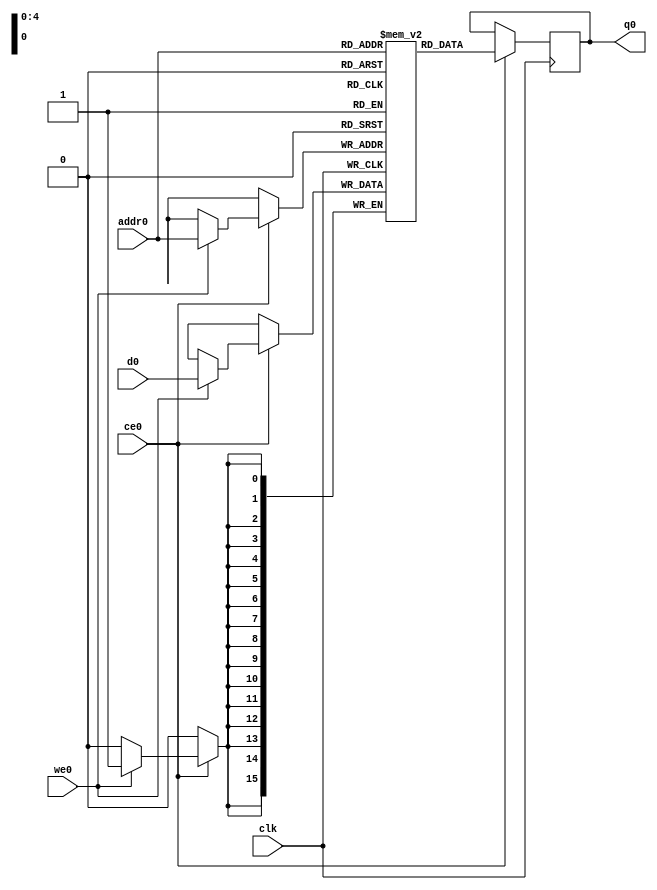
// ==============================================================
// Vivado(TM) HLS - High-Level Synthesis from C, C++ and SystemC v2019.1 (64-bit)
// Copyright 1986-2019 Xilinx, Inc. All Rights Reserved.
// ==============================================================
`timescale 1 ns / 1 ps
module forward_pass_maxpibs_ram (addr0, ce0, d0, we0, q0,  clk);

parameter DWIDTH = 16;
parameter AWIDTH = 5;
parameter MEM_SIZE = 32;

input[AWIDTH-1:0] addr0;
input ce0;
input[DWIDTH-1:0] d0;
input we0;
output reg[DWIDTH-1:0] q0;
input clk;

(* ram_style = "distributed" *)reg [DWIDTH-1:0] ram[0:MEM_SIZE-1];




always @(posedge clk)  
begin 
    if (ce0) 
    begin
        if (we0) 
        begin 
            ram[addr0] <= d0; 
        end 
        q0 <= ram[addr0];
    end
end


endmodule

`timescale 1 ns / 1 ps
module forward_pass_maxpibs(
    reset,
    clk,
    address0,
    ce0,
    we0,
    d0,
    q0);

parameter DataWidth = 32'd16;
parameter AddressRange = 32'd32;
parameter AddressWidth = 32'd5;
input reset;
input clk;
input[AddressWidth - 1:0] address0;
input ce0;
input we0;
input[DataWidth - 1:0] d0;
output[DataWidth - 1:0] q0;



forward_pass_maxpibs_ram forward_pass_maxpibs_ram_U(
    .clk( clk ),
    .addr0( address0 ),
    .ce0( ce0 ),
    .we0( we0 ),
    .d0( d0 ),
    .q0( q0 ));

endmodule